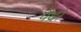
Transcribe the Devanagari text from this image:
पैद्रो